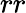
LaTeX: rr